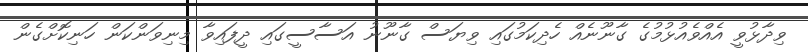
ވިދާޅުވީ އެއްވެއުޅުމުގެ ގާނޫނެއް ހެދިކަމުގައި ވިޔަސް ގާނޫނު އަސާސީގައި ދީފައިވާ މިނިވަންކަން ހަނިކޮށްގެން